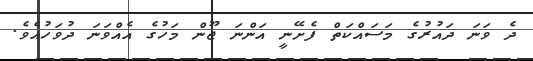
ދެ ވަނަ ދައުރުގެ މަސައްކަތް ފެށޭނީ އަންނަ ޖޫން މަހުގެ އެއްވަނަ ދުވަހުއެވެ.